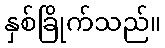
နှစ်ခြိုက်သည်။